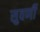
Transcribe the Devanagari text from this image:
सुवर्णी